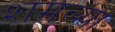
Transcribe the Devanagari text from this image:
शमल्या